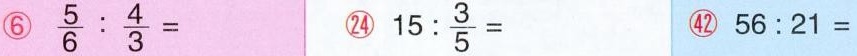
⑥$$\frac { 5 } { 6 } : \frac { 4 } { 3 } =$$ ㉔$$1 5 : \frac { 3 } { 5 } =$$ ㊷ $$5 6 : 2 1 =$$